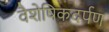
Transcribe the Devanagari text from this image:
वैशेषिकदर्पण